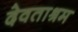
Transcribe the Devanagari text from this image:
देवताश्रम